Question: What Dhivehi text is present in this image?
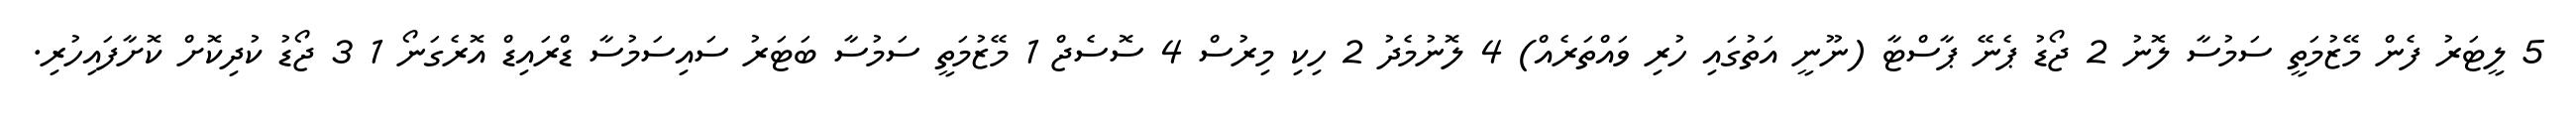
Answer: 5 ލީޓަރު ފެން މޭޒުމަތީ ސަމުސާ ލޮނު 2 ޖޯޑު ޕެނޭ ޕާސްޓާ (ނޫނީ އަތުގައި ހުރި ވައްތަރެއް) 4 ލޮނުމެދު 2 ހިކި މިރުސް 4 ސޮސެޖް 1 މޭޒުމަތީ ސަމުސާ ބަޓަރު ސައިސަމުސާ ޑްރައިޑް އޮރެގަނޯ 1 3 ޖޯޑު ކުދިކޮށް ކޮށާފައިހުރި.